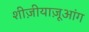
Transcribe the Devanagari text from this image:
शीज़ीयाज़ूआंग